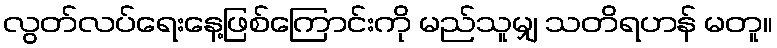
လွတ်လပ်ရေးနေ့ဖြစ်ကြောင်းကို မည်သူမျှ သတိရဟန် မတူ။